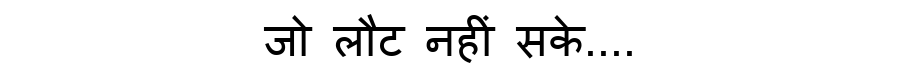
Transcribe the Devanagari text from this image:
जो लौट नहीं सके....